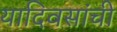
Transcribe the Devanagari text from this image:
यादिवसांची